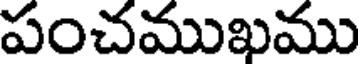
పంచముఖము